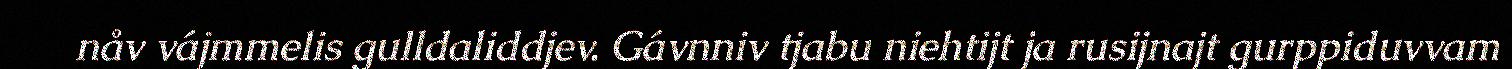
nåv vájmmelis gulldaliddjev. Gávnniv tjabu niehtijt ja rusijnajt gurppiduvvam